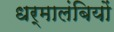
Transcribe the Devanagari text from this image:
धर्मालंबियों